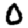
Digit: 0